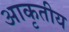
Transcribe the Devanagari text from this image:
आकृतीय